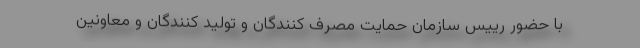
با حضور رییس سازمان حمایت مصرف کنندگان و تولید کنندگان و معاونین